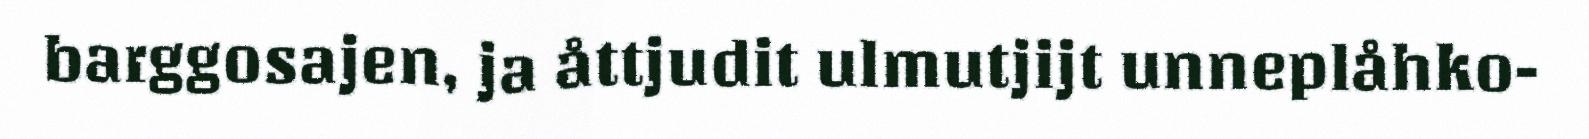
barggosajen, ja åttjudit ulmutjijt unneplåhko-